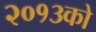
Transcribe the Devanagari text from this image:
२०१३को